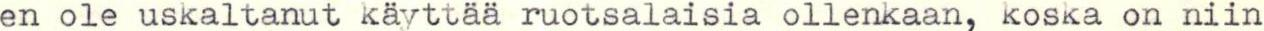
en ole uskaltanut käyttää ruotsalaisia ollenkaan, koska on niin